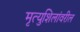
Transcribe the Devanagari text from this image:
मृत्युशिलांवरील